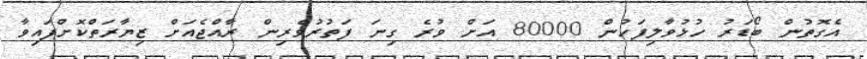
އެގޮތުން ބޯޑަރު ހުޅުވާލިފަހުން 80000 އަށް ވުރެ ގިނަ ފަތުރުވެރިން ރާއްޖެއަށް ޒިޔާރަތްކޮށްފައިވާ